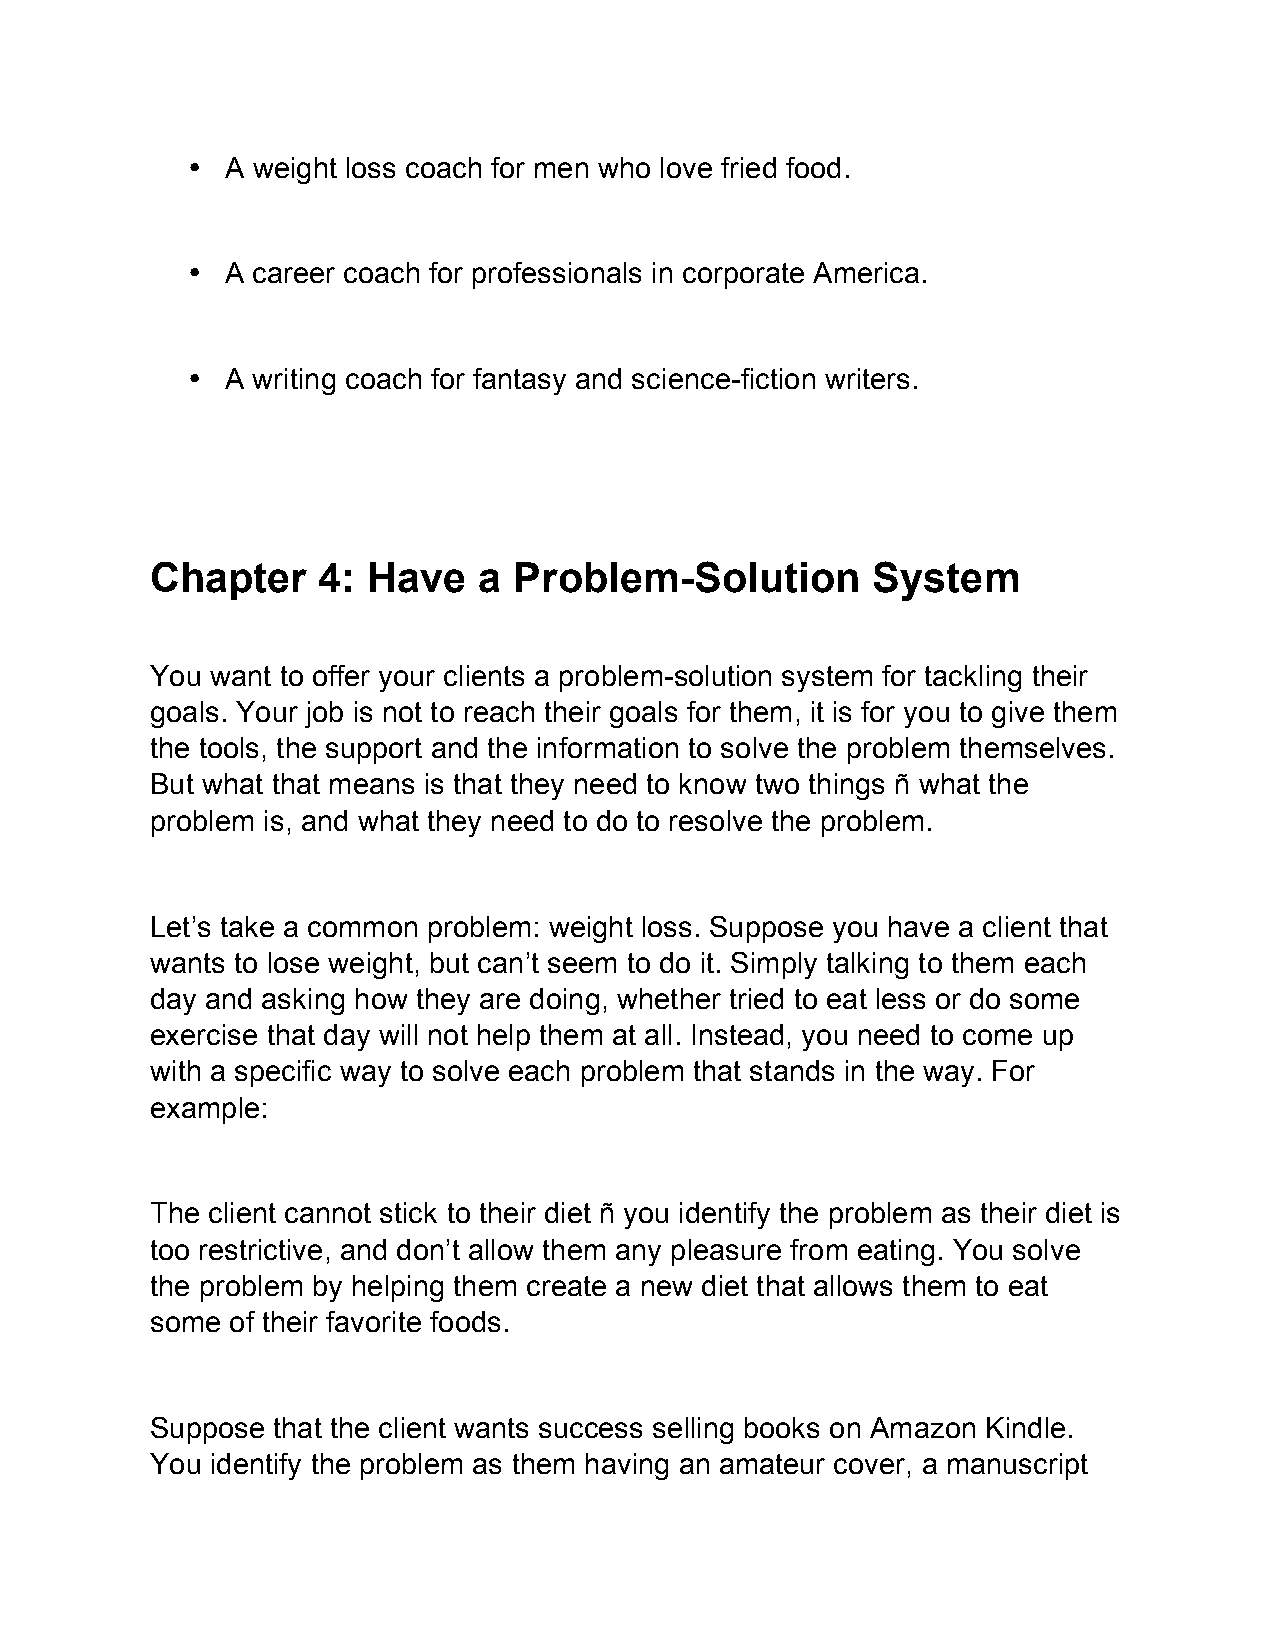
•  A weight loss coach for men who love fried food.
 •  A career coach for professionals in corporate America.
 •  A writing coach for fantasy and science-fiction writers.
 Chapter    4: Have    a Problem-Solution        System
 You want to offer your clients a problem-solution system for tackling their
 goals. Your job is not to reach their goals for them, it is for you to give them
 the tools, the support and the information to solve the problem themselves.
 But what that means is that they need to know two things ñ what the
 problem is, and what they need to do to resolve the problem.
 Let’s take a common problem: weight loss. Suppose you have a client that
 wants to lose weight, but can’t seem to do it. Simply talking to them each
 day and asking how they are doing, whether tried to eat less or do some
 exercise that day will not help them at all. Instead, you need to come up
 with a specific way to solve each problem that stands in the way. For
 example:
 The client cannot stick to their diet ñ you identify the problem as their diet is
 too restrictive, and don’t allow them any pleasure from eating. You solve
 the problem by helping them create a new diet that allows them to eat
 some of their favorite foods.
 Suppose that the client wants success selling books on Amazon Kindle.
 You identify the problem as them having an amateur cover, a manuscript